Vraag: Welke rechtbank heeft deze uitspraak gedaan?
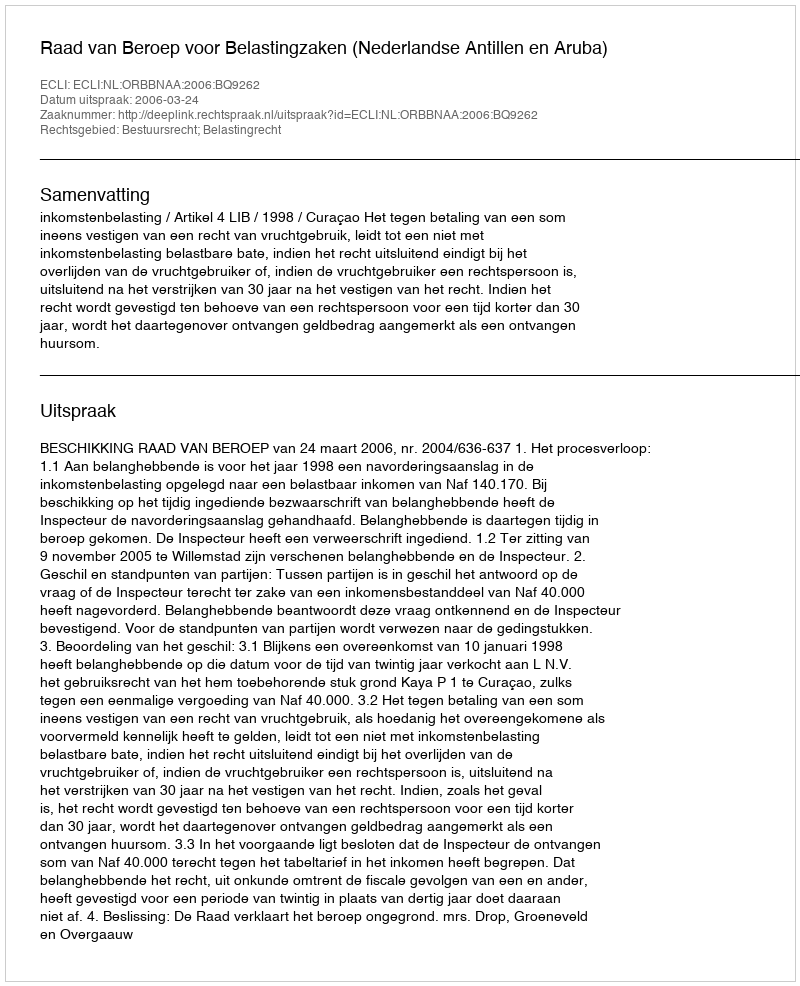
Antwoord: Raad van Beroep voor Belastingzaken (Nederlandse Antillen en Aruba)